system: You are a helpful assistant.
user:
Analyze the provided spectrum to determine if it is a **Carbon Star (C-type)**.

- **Key Visual Indicators of Carbon Star:**
    - **(Primary):** Strong molecular absorption from **C₂ (diatomic carbon) "Swan Bands."** This is the **defining feature** of a carbon star.
        - **(Key Bandheads):** Sharp absorption edges are visible at approximately $5635$ Å, $5165$ Å (the strongest band), and $4737$ Å.
        - **(Line Profile):** Creates a distinct **"saw-tooth"** pattern. The key morphology is a sharp, steep bandhead on the **red (long-wavelength) side**, which then gradually tapers off (i.e., flux recovers) towards the **blue (short-wavelength) side**. *(This is the direct opposite of the TiO bands seen in M-type stars)*.

    - **(Secondary):** Intense **CN (cyanogen)** molecular absorption bands.
        - **(Key Bandheads):** Located in the blue and violet regions of the spectrum (e.g., near $4215$ Å and $3883$ Å).
        - **(Morphology):** These bands are extremely broad and act as a "blanket," absorbing the vast majority of blue and violet light. This creates a characteristic **"cliff"** or **"steep drop-off"** in the spectrum's flux at short wavelengths.

    - **(Key Confirmation):** Strong **CH absorption band (G-band)**.
        - **(Key Bandhead):** Located around $4300$ Å. The contribution from CH molecules to this band is exceptionally strong.

    - **(Overall Spectrum):**
        - The continuum is severely "chopped up" by these deep molecular bands, especially C₂, rather than appearing as a smooth curve.
        - Due to the heavy CN and C₂ absorption in the blue-green, the vast majority of the star's flux is concentrated in the red part of the spectrum, giving the star its characteristic deep red color.

Think first, call **spectral_visualization_tool** if needed to examine features in detail, then provide your final answer. Your response must adhere to the following strict rules:
1.  **Overall Structure:** Your response must follow the format `<think>...</think> <tool_call>...</tool_call> (if a tool is used) <answer>...</answer>`.
2.  **Tool Usage Constraint:** You may only make **one** tool call per turn.
3.  **Final Answer Format:** In the `<answer>` tag, your conclusion must be inside a `\boxed{}` command (e.g., `\boxed{YES}`), followed by your justification.

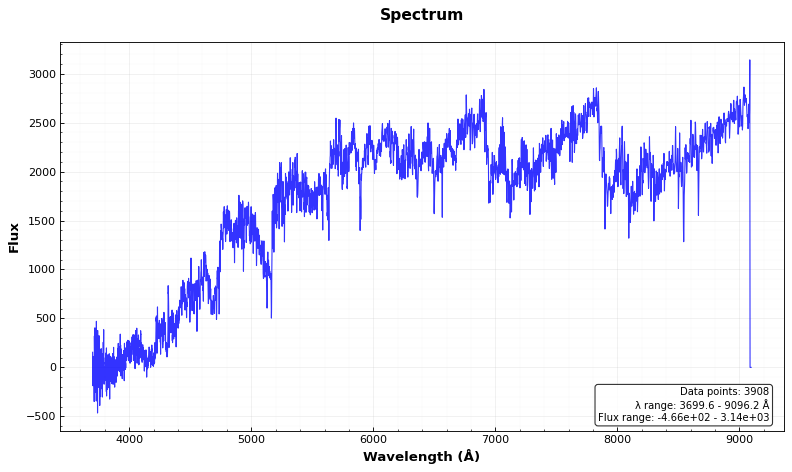
Answer: YES